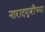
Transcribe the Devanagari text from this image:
नारादमुनींच्या